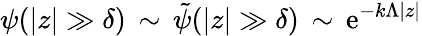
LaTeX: \psi(|z|\gg\delta)\, \sim\, {\tilde{\psi}}(|z|\gg\delta)\, \sim\, \mathrm{e}^{-k\Lambda|z|}